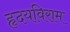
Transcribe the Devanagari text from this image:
हृदयविराम